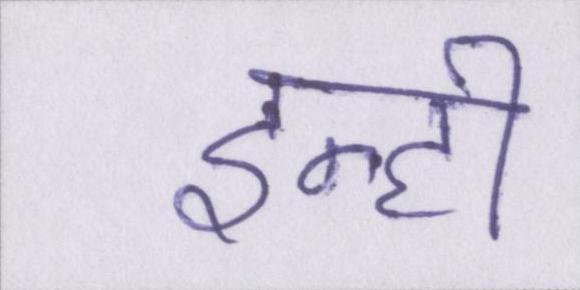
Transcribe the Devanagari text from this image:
इन्ही